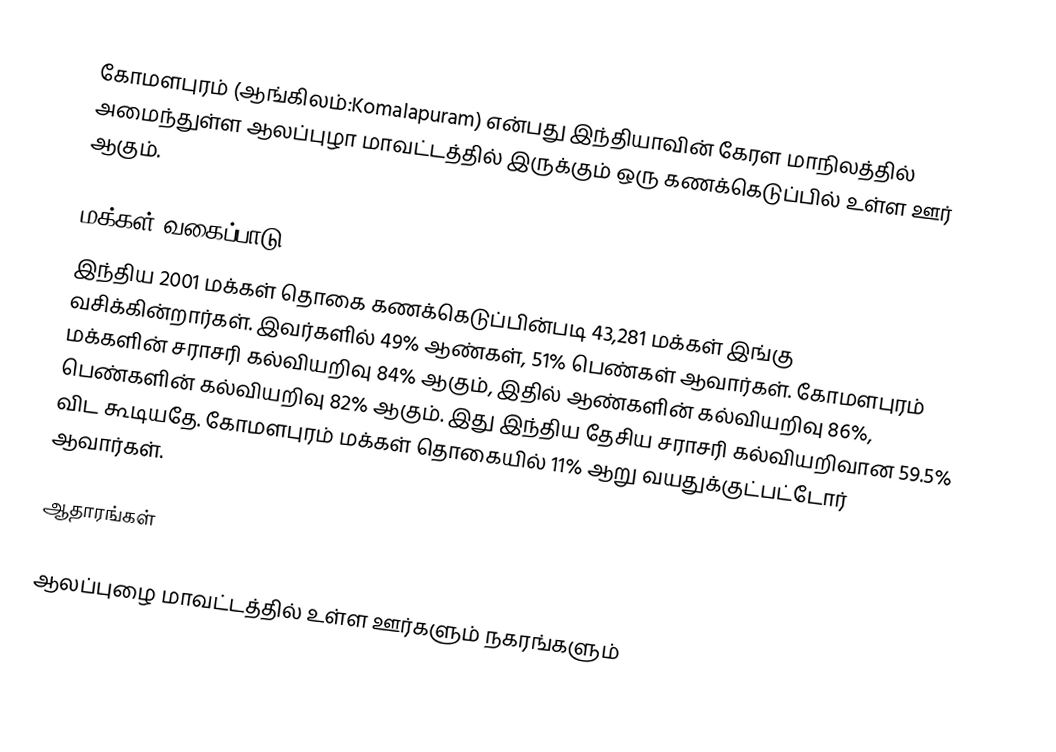
கோமளபுரம் (ஆங்கிலம்:Komalapuram) என்பது இந்தியாவின் கேரள மாநிலத்தில் அமைந்துள்ள ஆலப்புழா மாவட்டத்தில் இருக்கும் ஒரு கணக்கெடுப்பில் உள்ள ஊர்  ஆகும்.

மக்கள் வகைப்பாடு
இந்திய 2001 மக்கள் தொகை கணக்கெடுப்பின்படி 43,281 மக்கள் இங்கு வசிக்கின்றார்கள். இவர்களில் 49% ஆண்கள், 51% பெண்கள் ஆவார்கள். கோமளபுரம் மக்களின் சராசரி கல்வியறிவு 84% ஆகும்,  இதில் ஆண்களின் கல்வியறிவு 86%,  பெண்களின் கல்வியறிவு 82% ஆகும். இது இந்திய தேசிய சராசரி கல்வியறிவான 59.5% விட கூடியதே. கோமளபுரம் மக்கள் தொகையில் 11%  ஆறு வயதுக்குட்பட்டோர் ஆவார்கள்.

ஆதாரங்கள்

ஆலப்புழை மாவட்டத்தில் உள்ள ஊர்களும் நகரங்களும்